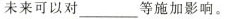
未来可以对___ 等施加影响。